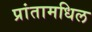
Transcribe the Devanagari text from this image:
प्रांतामधिल